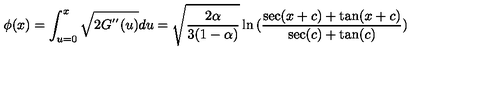
\phi ( x ) = \int _ { u = 0 } ^ { x } \sqrt { 2 G ^ { ' ^ { \prime } } ( u ) } d u = \sqrt { \frac { 2 \alpha } { 3 ( 1 - \alpha ) } } \ln { ( \frac { \sec ( x + c ) + \tan ( x + c ) } { \sec ( c ) + \tan ( c ) } ) }